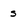
Character: S